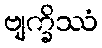
ဗျက္ခိဿံ